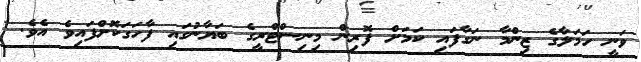
ވަނީ ހަމަލާގެ ޒިންމާ ނަގާފައި ކަމަށް ފޮރިން މިނިސްޓްރީގެ ބަޔާނުގައި ފާހަގަކޮށްފައިވެ އެވެ.